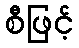
စီဖြင့်